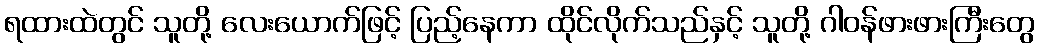
ရထားထဲတွင် သူတို့ လေးယောက်ဖြင့် ပြည့်နေကာ ထိုင်လိုက်သည်နှင့် သူတို့ ဂါဝန်ဖားဖားကြီးတွေ